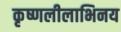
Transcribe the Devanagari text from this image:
कृष्णलीलाभिनय